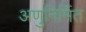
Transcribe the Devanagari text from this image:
अणुनिर्मित